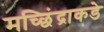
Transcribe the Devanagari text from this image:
मच्छिंद्राकडे